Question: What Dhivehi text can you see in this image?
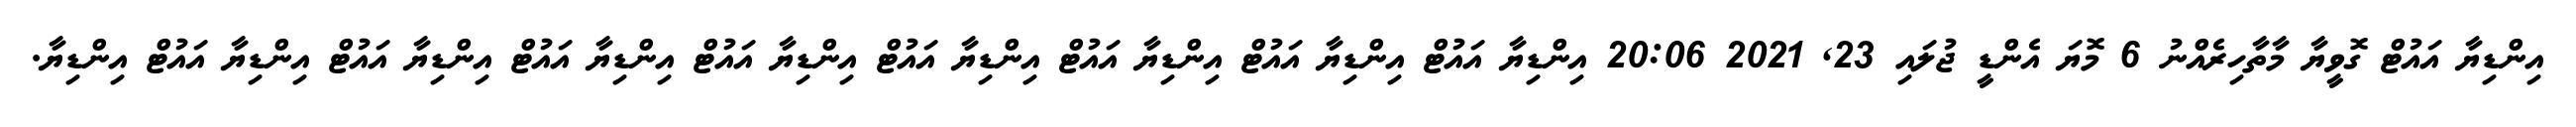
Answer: އިންޑިޔާ އައުޓް ގޮވީޔާ މާތާހިރެއްނު 6 މޮޔަ އެންޑީ ޖުލައި 23, 2021 20:06 އިންޑިޔާ އައުޓް އިންޑިޔާ އައުޓް އިންޑިޔާ އައުޓް އިންޑިޔާ އައުޓް އިންޑިޔާ އައުޓް އިންޑިޔާ އައުޓް އިންޑިޔާ އައުޓް އިންޑިޔާ އައުޓް އިންޑިޔާ.